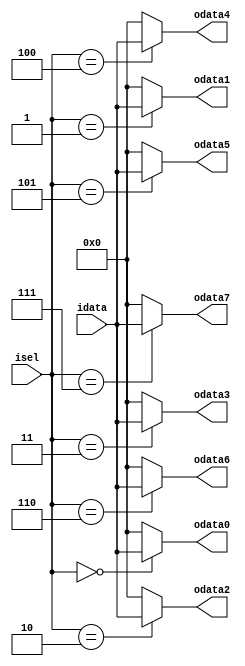
module demux_1to8 (
					input			[83:0]	idata,
					input			[2:0]	isel,
					output			[83:0]	odata0,
					output			[83:0]	odata1,
					output			[83:0]	odata2,
					output			[83:0]	odata3,
					output			[83:0]	odata4,
					output			[83:0]	odata5,
					output			[83:0]	odata6,
					output			[83:0]	odata7
				);

assign		odata0 = (isel == 3'h0) ? idata : 84'h0;
assign		odata1 = (isel == 3'h1) ? idata : 84'h0;
assign		odata2 = (isel == 3'h2) ? idata : 84'h0;
assign		odata3 = (isel == 3'h3) ? idata : 84'h0;
assign		odata4 = (isel == 3'h4) ? idata : 84'h0;
assign		odata5 = (isel == 3'h5) ? idata : 84'h0;
assign		odata6 = (isel == 3'h6) ? idata : 84'h0;
assign		odata7 = (isel == 3'h7) ? idata : 84'h0;

endmodule